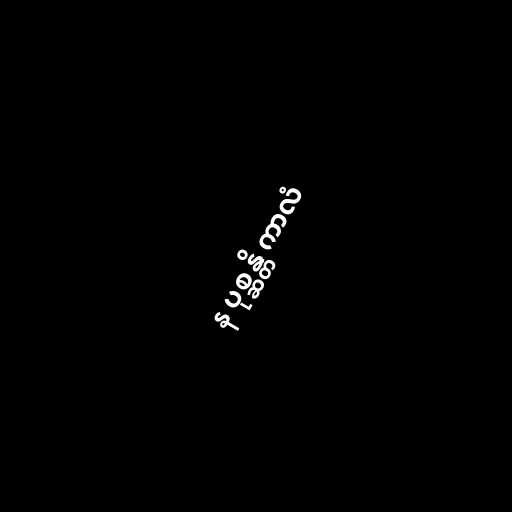
န ပုစ္ဆန္တိ ကာလံ